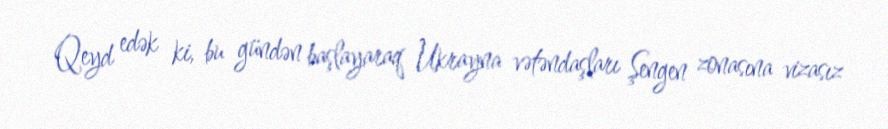
Qeyd edək ki, bu gündən başlayaraq Ukrayna vətəndaşları Şengen zonasına vizasız